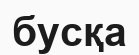
бусқа